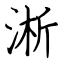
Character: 淅